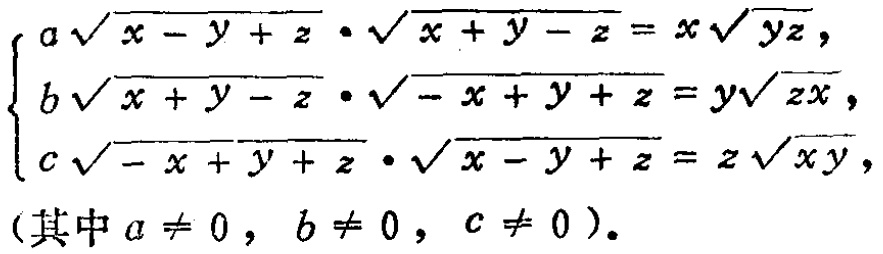
\[\begin{cases}

a\sqrt{x - y + z}\cdot\sqrt{x + y - z}=x\sqrt{yz},\\

b\sqrt{x + y - z}\cdot\sqrt{-x + y + z}=y\sqrt{zx},\\

c\sqrt{-x + y + z}\cdot\sqrt{x - y + z}=z\sqrt{xy},

\end{cases}\text{(其中}a\neq0,\ b\neq0,\ c\neq0\text{)} \]